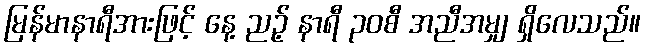
မြန်မာနာရီအားဖြင့် နေ့ ညဉ့် နာရီ ၃၀စီ အညီအမျှ ရှိလေသည်။